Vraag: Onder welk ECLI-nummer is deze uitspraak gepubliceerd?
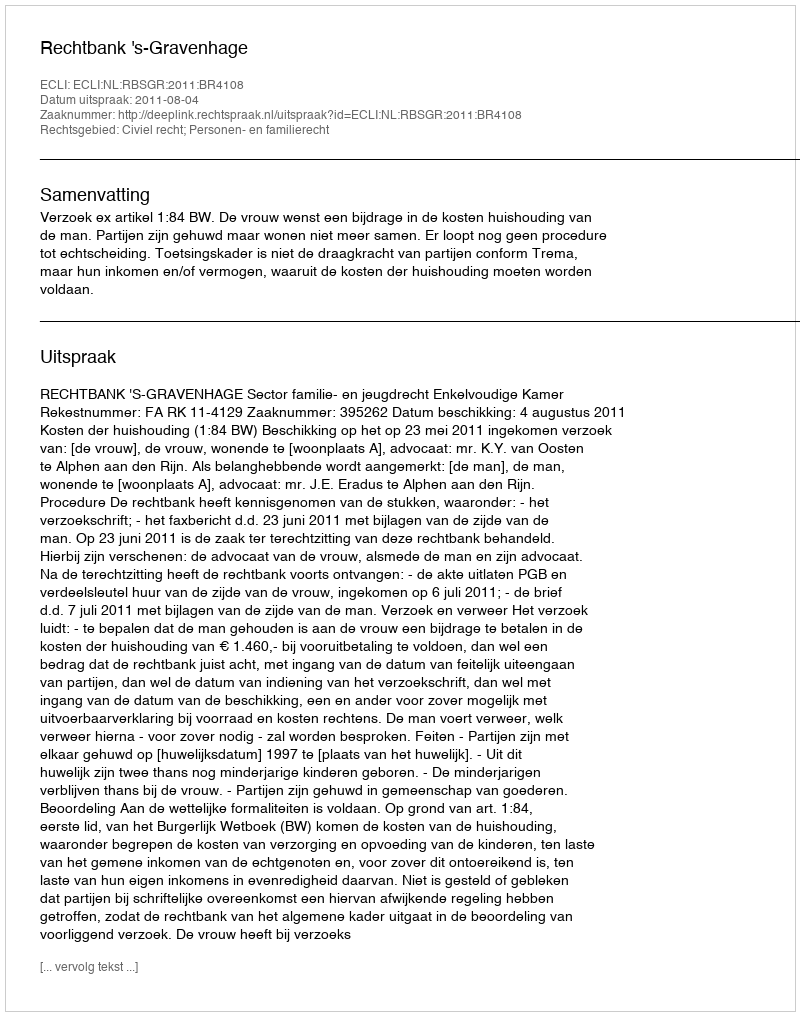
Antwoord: ECLI:NL:RBSGR:2011:BR4108